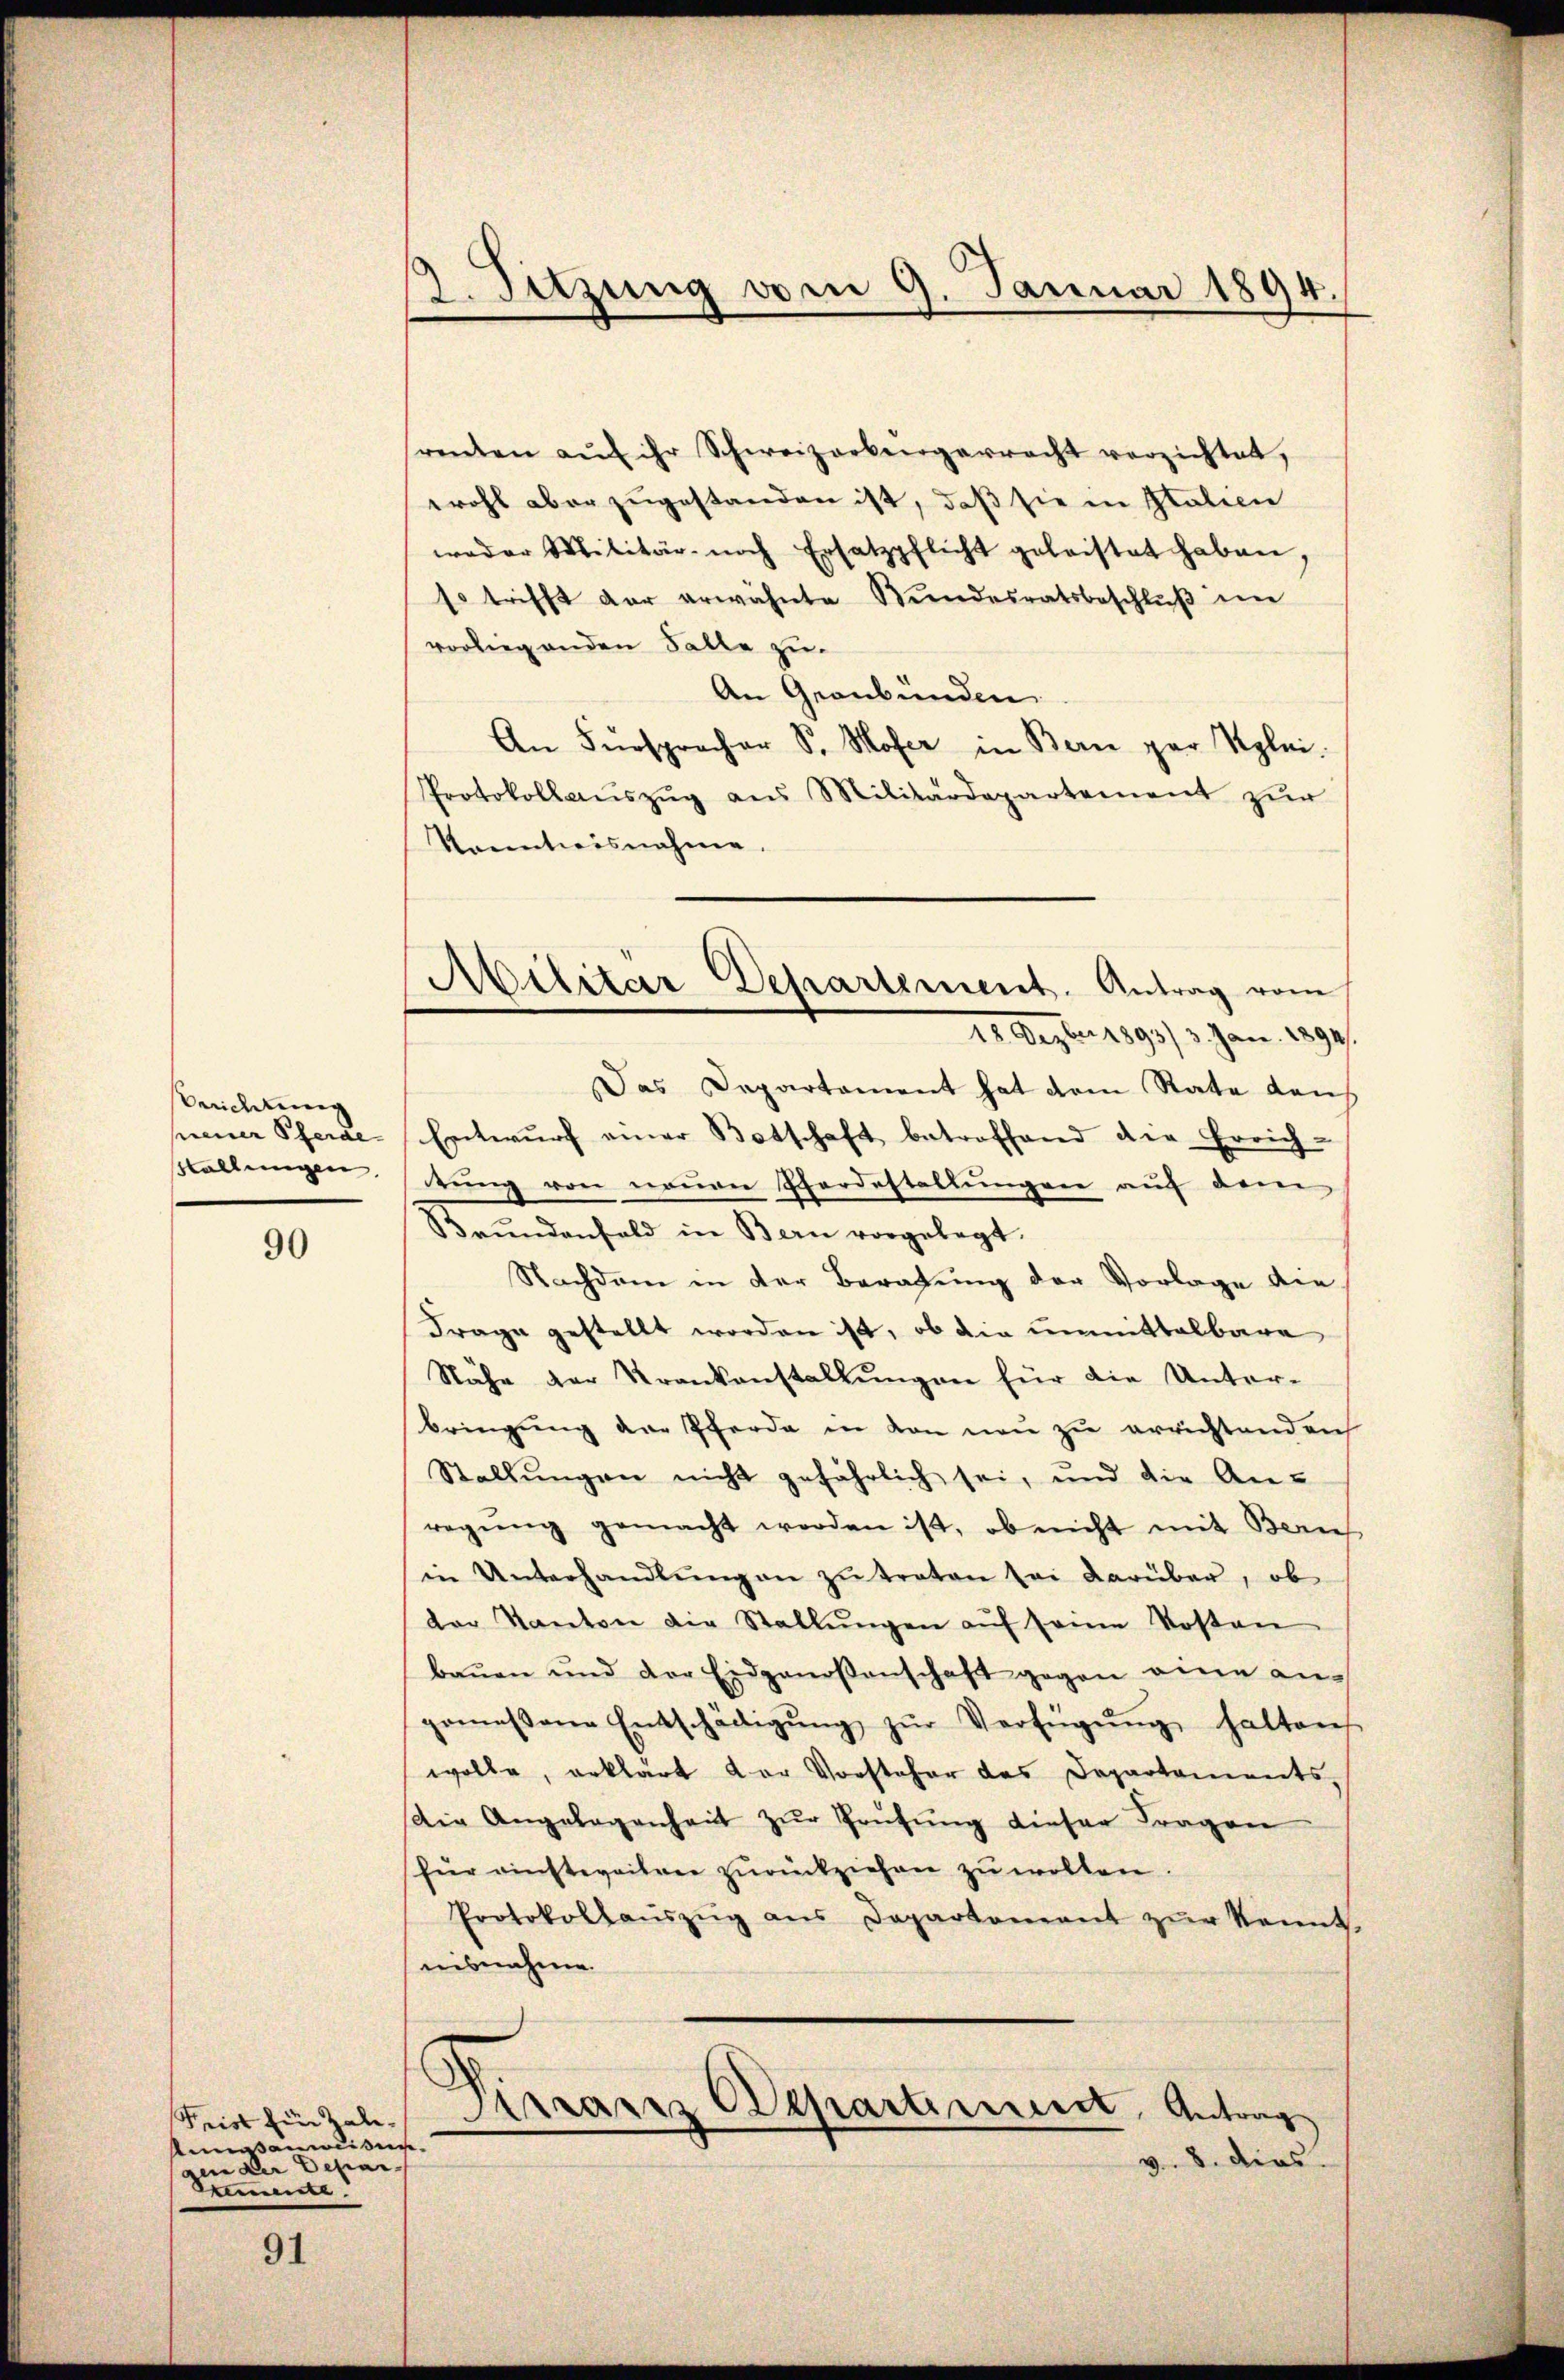
Prichtung
prener Pferde
Stallungen.

90

Frist für Zaleasanwesen.
in der Depar
Sumente

91

2. Sitzung vom 9. Januar 1894.

renten aŭf ihr Schweizerbürgerrecht verzichtet,
wohl aber zugestanden ist, daß sie in Italien
weder Militär- noch Ersatzpflicht geleistet haben,
so trifft der erwähnte Bŭndesratsbeschlŭβ im
vorliegenden Falle zu
An Graubünden
An Fürspracher S. Moser in Bern par Klei¬
Protokollaŭszŭg aŭs Militärdepartement zur
Kanntweisnahme.
Das Departement hat dem Rate dans
Entwŭrf einer Botschaft betroffend die Errich-
tung von neuen Pfordestellungen auf dem
Brŭndenfeld in Bern vorgelegt.
Nachdem in der Beratung der Vorlage die
Frage gestellt worden ist, ob die unmittelbare
Nähe der Krankenstallŭngen für die Unter-
bringung der Pferde in den neu zu errichtenden
Stallŭngen nicht gefährlich sei, und die An-
regŭng gemacht worden ist, ob nicht mit Berneh
in Unterhandlŭng an zŭ traten sei darüber, ob
der Kanton die Stallŭngen aŭf seine Kosten
baŭen und der Eidgenoßenschaft gegen eine angemeßene Entschädigŭng zŭr Verfügŭng halten
wolle, erklärt der Vorsteher das Departaments,
Die Angelegenheit zŭr Prüfŭng dieser Fragen
für einstweiterer zurückziehen zu wollen.
Protokollaŭszŭg ans Departement zŭr Kennt-
ausnahme.
Pirranz Departinen Antrag
v. 8. dies

Militär Departement. Antrag vom
12. Dezbr 1893/ 3. Jan. 1894.